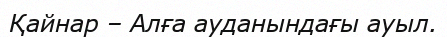
Қайнар – Алға ауданындағы ауыл.